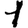
Digit: 1